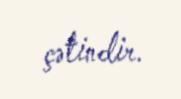
çətindir.